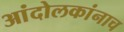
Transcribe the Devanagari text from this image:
आंदोलकांनाच